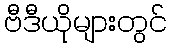
ဗီဒီယိုများတွင်